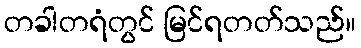
တခါတရံတွင် မြင်ရတတ်သည်။